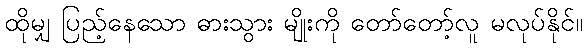
ထိုမျှ ပြည့်နေသော ဓားသွား မျိုးကို တော်တော့်လူ မလုပ်နိုင်။